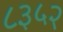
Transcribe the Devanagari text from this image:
८३५२